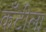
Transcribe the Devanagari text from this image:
कँटीला